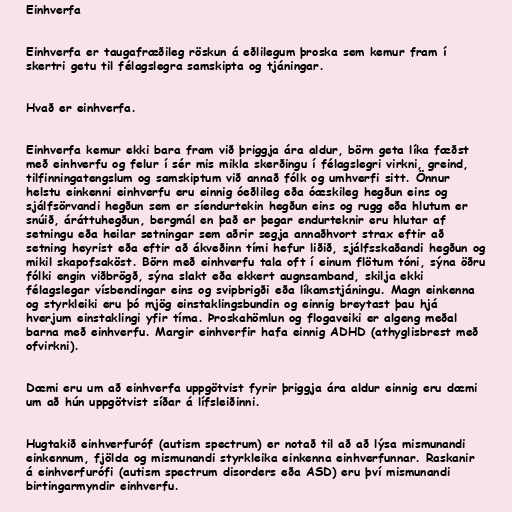
Einhverfa

Einhverfa er taugafræðileg röskun á eðlilegum þroska sem kemur fram í
skertri getu til félagslegra samskipta og tjáningar.

Hvað er einhverfa.

Einhverfa kemur ekki bara fram við þriggja ára aldur, börn geta líka fæðst
með einhverfu og felur í sér mis mikla skerðingu í félagslegri virkni, greind,
tilfinningatengslum og samskiptum við annað fólk og umhverfi sitt. Önnur
helstu einkenni einhverfu eru einnig óeðlileg eða óæskileg hegðun eins og
sjálfsörvandi hegðun sem er síendurtekin hegðun eins og rugg eða hlutum er
snúið, áráttuhegðun, bergmál en það er þegar endurteknir eru hlutar af
setningu eða heilar setningar sem aðrir segja annaðhvort strax eftir að
setning heyrist eða eftir að ákveðinn tími hefur liðið, sjálfsskaðandi hegðun og
mikil skapofsaköst. Börn með einhverfu tala oft í einum flötum tóni, sýna öðru
fólki engin viðbrögð, sýna slakt eða ekkert augnsamband, skilja ekki
félagslegar vísbendingar eins og svipbrigði eða líkamstjáningu. Magn einkenna
og styrkleiki eru þó mjög einstaklingsbundin og einnig breytast þau hjá
hverjum einstaklingi yfir tíma. Þroskahömlun og flogaveiki er algeng meðal
barna með einhverfu. Margir einhverfir hafa einnig ADHD (athyglisbrest með
ofvirkni).

Dæmi eru um að einhverfa uppgötvist fyrir þriggja ára aldur einnig eru dæmi
um að hún uppgötvist síðar á lífsleiðinni.

Hugtakið einhverfuróf (autism spectrum) er notað til að að lýsa mismunandi
einkennum, fjölda og mismunandi styrkleika einkenna einhverfunnar. Raskanir
á einhverfurófi (autism spectrum disorders eða ASD) eru því mismunandi
birtingarmyndir einhverfu.